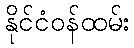
နိုင်ငံဝန်ထမ်း